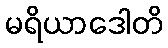
မရိယာဒေါတိ